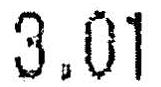
3.01